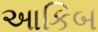
આકિબ